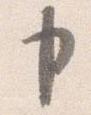
申